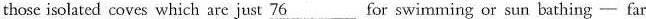
those isolated coves which arcjust \underline{76} for swimming or sun bathing ——far